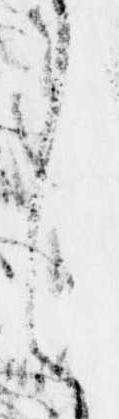
し